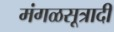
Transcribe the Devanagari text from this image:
मंगळसूत्रादी